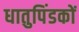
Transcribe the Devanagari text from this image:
धातुपिंडकों